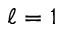
\ell = 1